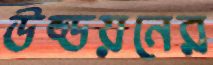
উড্ডয়নের